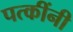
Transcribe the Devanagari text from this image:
पत्कींनी